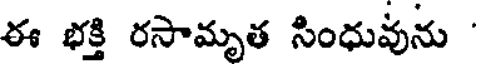
ఈ భక్తి రసామృత సింధువును